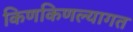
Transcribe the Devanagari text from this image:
किणकिणल्यागत